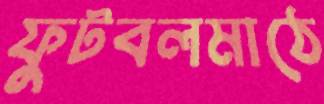
ফুটবলমাঠে